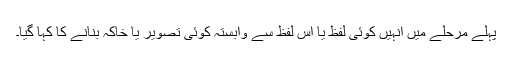
پہلے مرحلے میں انہیں کوئی لفظ یا اس لفظ سے وابستہ کوئی تصویر یا خاکہ بنانے کا کہا گیا۔